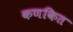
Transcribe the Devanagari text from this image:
कणकित